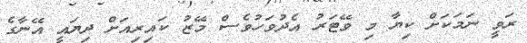
ރަވީ ނަމަކަށް ކިޔާ މި ވޭޓަރު އެދުވަހުވެސް މޭޒު ކައިރިއަށް ދިޔައީ އޭނާގެ